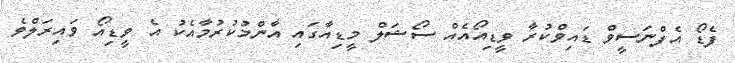
ފެޑޯ އެފްނަސީވް ޑައިވްކުރާ ވީޑިއޯއެއް ސޯޝަލް މީޑިއާގައި އާންމުކުރުމާއެކު އެ ވީޑިއޯ ވައިރަލްވެ